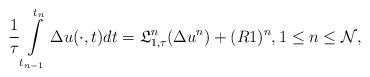
LaTeX: \begin{align*} \frac{1}{\tau}\int\limits_{t_{n-1}}^{t_{n}}\Delta u(\cdot,t)dt = \mathfrak{L}_{1,\tau}^{n}(\Delta u^{n})+(R1)^n, 1\leq n \leq \mathcal{N}, \end{align*}